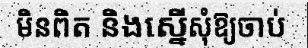
មិនពិត និងស្នើសុំឱ្យចាប់